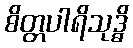
စိတ္တပါရိသုဒ္ဓိ